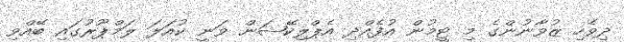
ދިވެހި ޒުވާނުންގެ މި ޓީމުން އުފެއްދި އެޕްލިކޭޝަން ވަނީ ކުއަލަ ލަމްޕޫރުގައި ބޭއްވި